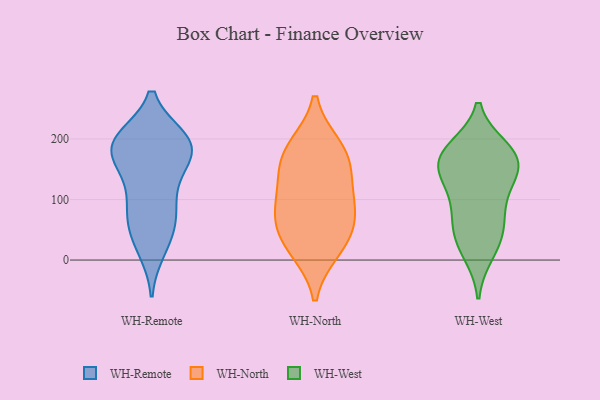
{"axis": {"x": "Revenue (USD Million)", "y": "Value"}, "legend": ["WH-North", "WH-Remote", "WH-West"], "data": [{"x": "", "y": 195, "type": "WH-Remote"}, {"x": "", "y": 199, "type": "WH-Remote"}, {"x": "", "y": 18, "type": "WH-Remote"}, {"x": "", "y": 55, "type": "WH-Remote"}, {"x": "", "y": 74, "type": "WH-Remote"}, {"x": "", "y": 191, "type": "WH-Remote"}, {"x": "", "y": 187, "type": "WH-Remote"}, {"x": "", "y": 153, "type": "WH-Remote"}, {"x": "", "y": 155, "type": "WH-Remote"}, {"x": "", "y": 28, "type": "WH-Remote"}, {"x": "", "y": 194, "type": "WH-Remote"}, {"x": "", "y": 71, "type": "WH-Remote"}, {"x": "", "y": 160, "type": "WH-Remote"}, {"x": "", "y": 112, "type": "WH-Remote"}, {"x": "", "y": 200, "type": "WH-Remote"}, {"x": "", "y": 195, "type": "WH-Remote"}, {"x": "", "y": 92, "type": "WH-Remote"}, {"x": "", "y": 57, "type": "WH-North"}, {"x": "", "y": 187, "type": "WH-North"}, {"x": "", "y": 96, "type": "WH-North"}, {"x": "", "y": 185, "type": "WH-North"}, {"x": "", "y": 146, "type": "WH-North"}, {"x": "", "y": 96, "type": "WH-North"}, {"x": "", "y": 17, "type": "WH-North"}, {"x": "", "y": 67, "type": "WH-North"}, {"x": "", "y": 153, "type": "WH-North"}, {"x": "", "y": 24, "type": "WH-North"}, {"x": "", "y": 169, "type": "WH-West"}, {"x": "", "y": 60, "type": "WH-West"}, {"x": "", "y": 29, "type": "WH-West"}, {"x": "", "y": 172, "type": "WH-West"}, {"x": "", "y": 142, "type": "WH-West"}, {"x": "", "y": 13, "type": "WH-West"}, {"x": "", "y": 158, "type": "WH-West"}, {"x": "", "y": 141, "type": "WH-West"}, {"x": "", "y": 179, "type": "WH-West"}, {"x": "", "y": 87, "type": "WH-West"}, {"x": "", "y": 53, "type": "WH-West"}, {"x": "", "y": 183, "type": "WH-West"}, {"x": "", "y": 114, "type": "WH-West"}]}